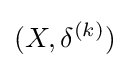
(X,\delta ^{(k)})